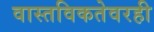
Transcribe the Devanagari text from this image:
वास्तविकतेवरही